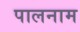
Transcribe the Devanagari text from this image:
पालनाम